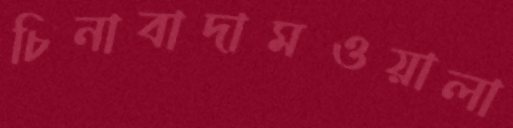
চিনাবাদামওয়ালা